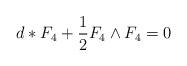
LaTeX: \begin{align*}d*F_{4}+\frac{1}{2}F_{4}\wedge F_{4}=0\end{align*}